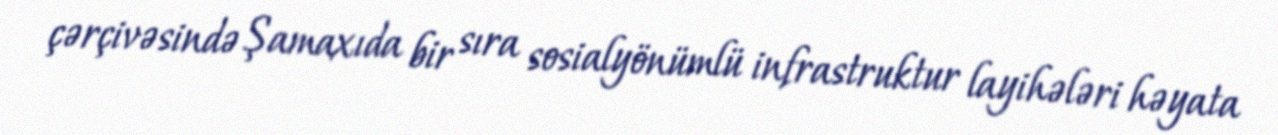
çərçivəsində Şamaxıda bir sıra sosialyönümlü infrastruktur layihələri həyata